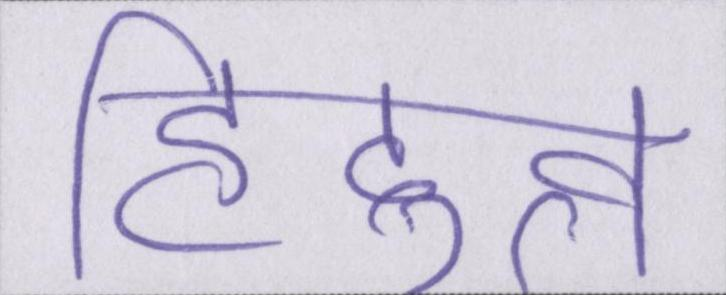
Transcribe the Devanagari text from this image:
हिंदुत्व